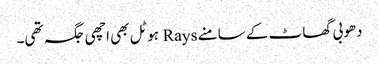
دھوبی گھاٹ کے سامنے Rays ہوٹل بھی اچھی جگہ تھی۔